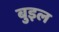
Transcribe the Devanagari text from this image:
बुइल